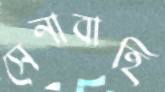
সেনাবাহি